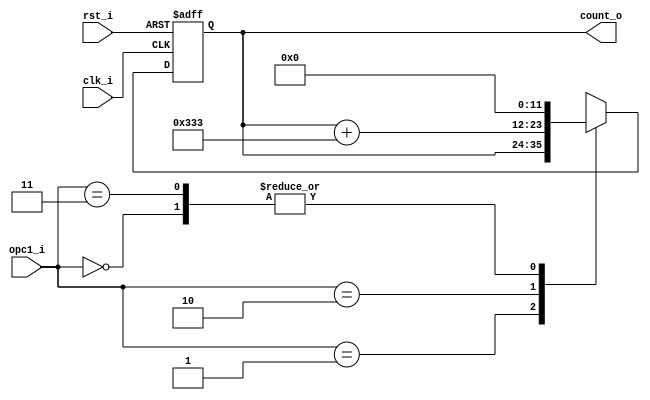
// Name: counter_volts.v
//
// Description: 

module counter_volts #(
  parameter Width = 12
) (
  input              rst_i,
  input              clk_i,
  input        [1:0] opc1_i,
  output [Width-1:0] count_o
);

  reg [Width-1:0] mux_d, reg_q;

  always @(opc1_i, reg_q) begin
    case (opc1_i)
      2'b00   : mux_d = 12'd0;
      2'b01   : mux_d = reg_q;
      //2'b10   : mux_d = reg_q + 12'd45;
      2'b10   : mux_d = reg_q + 12'd819;	  
      2'b11   : mux_d = 0;
      default : mux_d = 0;
    endcase
  end
  
  always @(posedge clk_i, posedge rst_i) begin
    if (rst_i)
      reg_q <= 12'd0;
    else
      reg_q <= mux_d;
  end

  assign count_o = reg_q;
  
endmodule